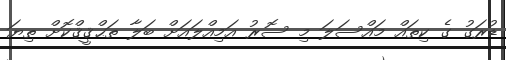
ޑުރަގު ގެ ކިތައް މައްސަލަ މި ސޮރު އަމިއްލައަށް ބަލާ ތަޙްޤީޤްކޮށް ތިޔަ